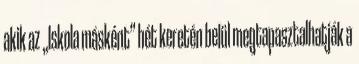
akik az „Iskola másként” hét keretén belül megtapasztalhatják a